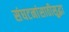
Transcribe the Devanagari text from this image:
संघटनांसाठीसुद्धा